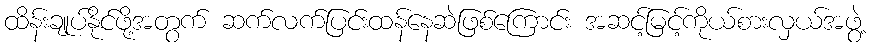
ထိန်းချုပ်နိုင်ဖို့အတွက် ဆက်လက်ပြင်းထန်နေဆဲဖြစ်ကြောင်း အဆင့်မြင့်ကိုယ်စားလှယ်အဖွဲ့